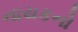
નાયકનો